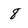
Character: 8